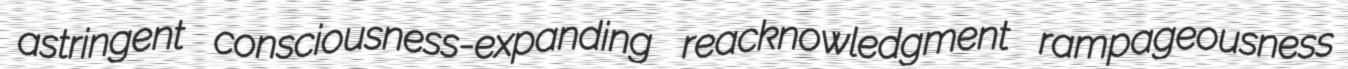
astringent consciousness-expanding reacknowledgment rampageousness